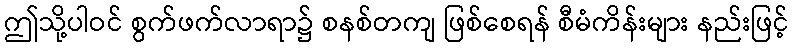
ဤသို့ပါဝင် စွက်ဖက်လာရာ၌ စနစ်တကျ ဖြစ်စေရန် စီမံကိန်းများ နည်းဖြင့်